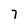
Character: 7